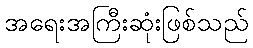
အရေးအကြီးဆုံးဖြစ်သည်